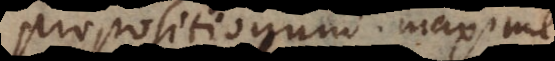
propositionum maxim